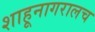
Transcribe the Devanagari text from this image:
शाहूनागरालच